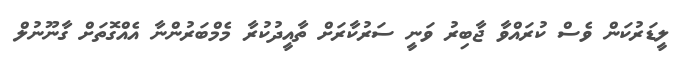
ލީޑަރުކަން ވެސް ކުރައްވާ ޖާބިރު ވަނީ ސަރުކާރަށް ތާއީދުކުރާ މެމްބަރުންނާ އެއްގޮތަށް ގާނޫނުލް